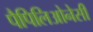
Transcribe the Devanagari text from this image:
पैपिलिओनेसी